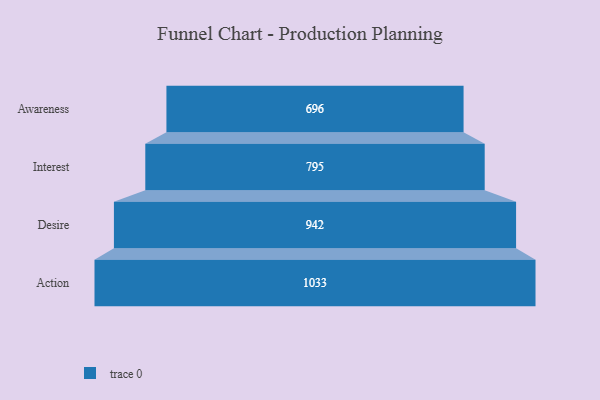
{"axis": {"x": "Stage", "y": "Value"}, "legend": [""], "data": [{"x": "Awareness", "y": 696.0, "type": ""}, {"x": "Interest", "y": 795.0, "type": ""}, {"x": "Desire", "y": 942.0, "type": ""}, {"x": "Action", "y": 1033.0, "type": ""}]}